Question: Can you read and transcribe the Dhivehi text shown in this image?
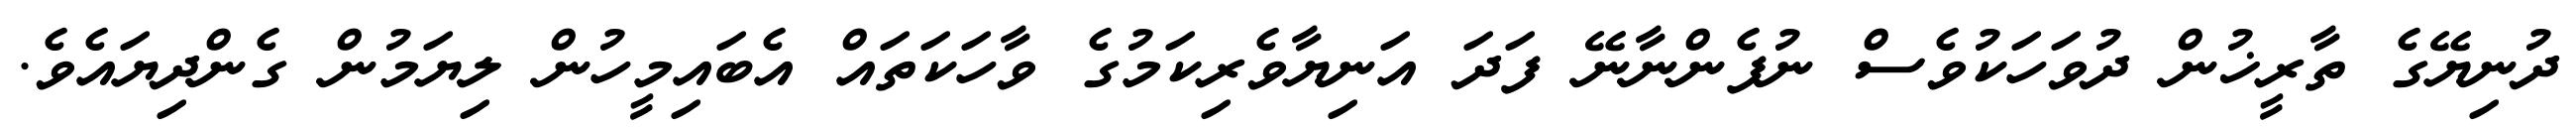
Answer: ދުނިޔޭގެ ތާރީޚުން ދުވަހަކުވެސް ނުފެންނާނޭ ފަދަ އަނިޔާވެރިކަމުގެ ވާހަކަތައް އެބައިމީހުން ލިޔަމުން ގެންދިޔައެވެ.